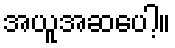
အယူအဆပေါ့။